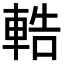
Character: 𨌒